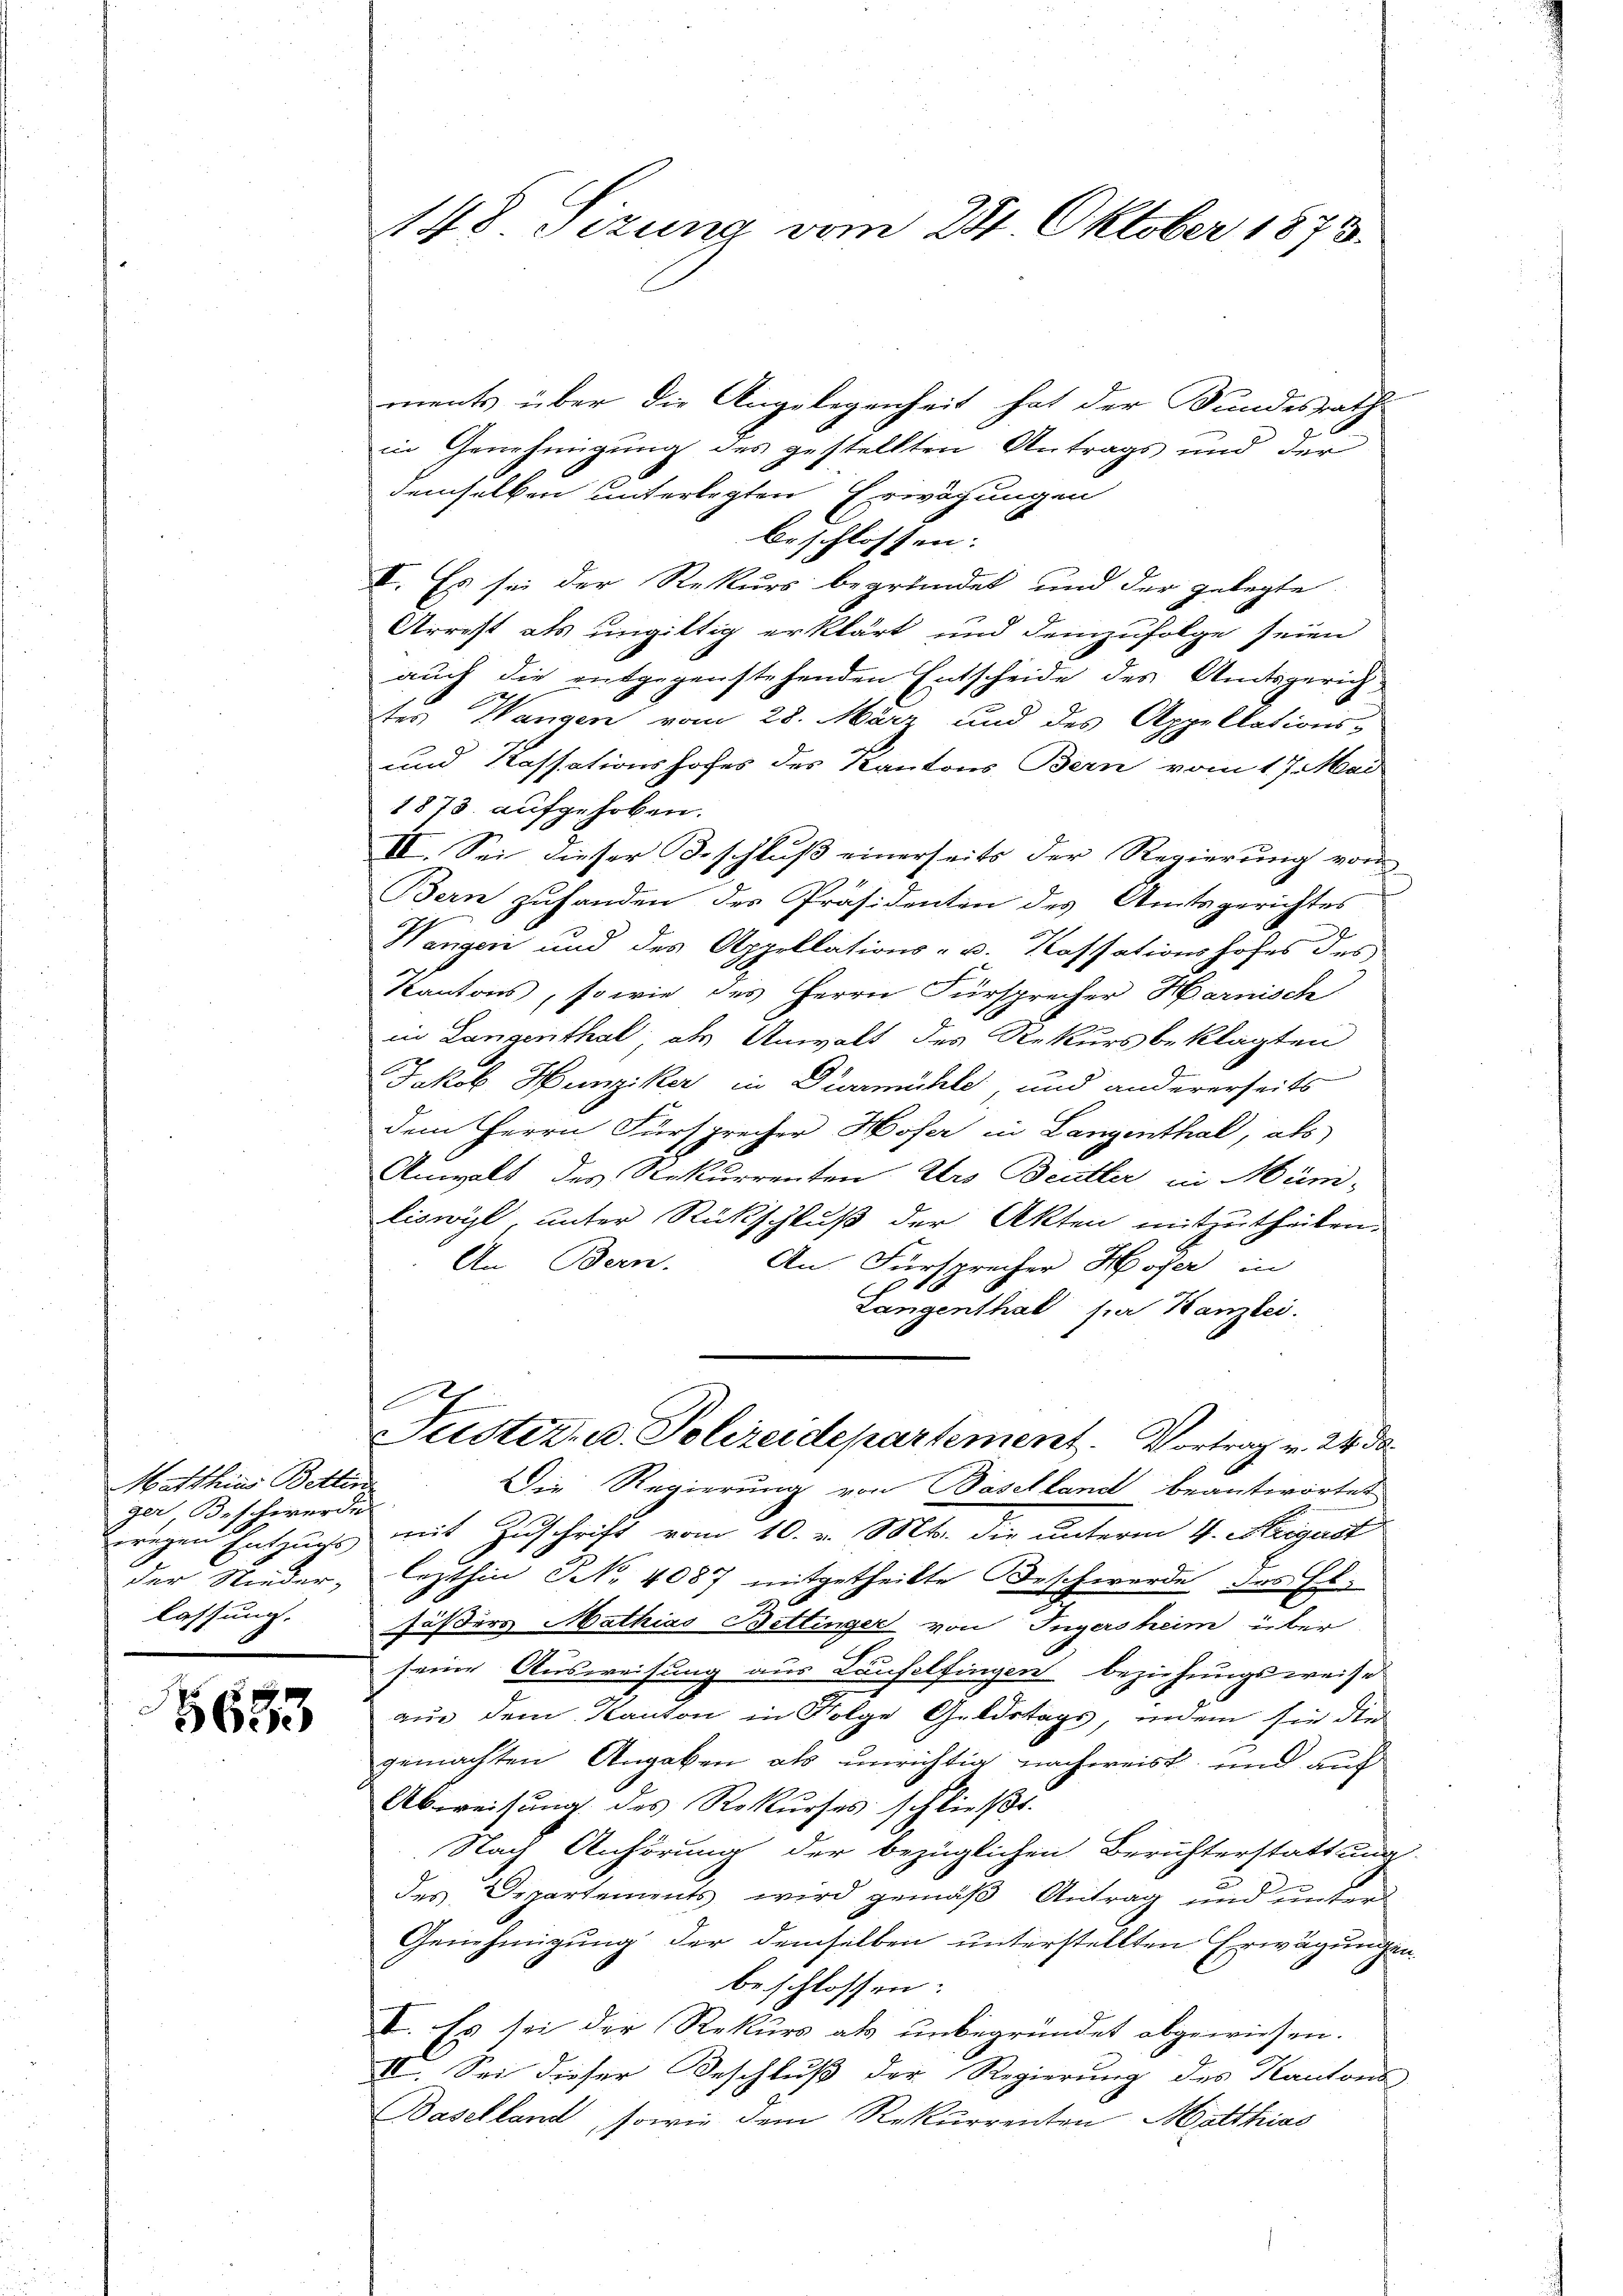
Matthias Bettin
ger, Bettwerde
wegen Entzugs
der Nieder-
lassung.

5683

148. Sezung vom 24. Oktober 1873.

ments über die Angelegenheit hat der Bundesrath
in Genehmigung des gestellten Antrags und der
demselben unterlegten Erwägungen
beschlossen:
I. Es sei der Rekurs begründet und der gelegte
Arrest als ungültig erklärt und demzufolge seien
auch die entgegenstehenden Entscheide des Amtsgerich
tes Wangen vom 28. März und des Appellations-
und Kassationshofes des Kantons Bern vom 17. Mai
1873 aufgehoben.
IV. Sei dieser Beschluß einerseits der Regierung vom
Bern zuhanden des Präsidenten des Amtsgerichtes
Wangen und des Appellations- u. Kassationshofes des
Kantons, sowie des Herrn Fürsprecher Harnisch
in Langenthal als Anwalt des Rekursbeklagten
Jakob Hunziker in Diermühle, und andererseits
dem Herrn Fürsprecher Hofer in Langenthal, als
Anwalt des Rekurrenten Urs Beutter in Mün-
liswyl, unter Rückschluß der Akten mitzutheilen.
An Bern.
An Fürsprecher Hofer in
Langenthal par Kanzlei.
E
Justiz- u. Polizeidepartement. Vortrag v. 24. d.
Die Regierung von Baselland beantwortet
mit Zuschrift vom 10. v. Mts. die unterm 4. Heizust
lezthin Nr. 4087 mitgetheilte Beschwerde des El-
Fässers Mathias Bettinger von Ingersheim über
seine Ausweisung aus Käufelfingen beziehungsweise
aus dem Kanton in Folge Geldstags, indem sie die
gemachten Angaben als unrichtig nachweist, und auf
Abweisung des Rekurses schließt.
Nach Anhörung der bezüglichen Berichterstattung
a
des Departements wird gemäß Antrag und unter
Genehmigung der demselben unterstellten Erwägungen
beschlossen:
V. Es sei der Rekurs als unbegründet abgewiesen.
II. Sei dieser Beschluß der Regierung des Kantons
Baselland, sowie dem Rekurrenten Matthias